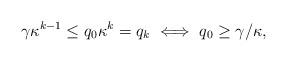
LaTeX: \begin{align*}\gamma \kappa^{k-1} \leq q_0\kappa^k=q_k \iff q_0 \geq \gamma/\kappa, \end{align*}